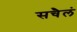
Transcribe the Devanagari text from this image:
सचैलं